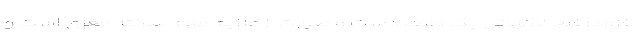
افزود: فلج ناگهانی یک طرف دست و صورت از علایم مهم سکته مغزی است و